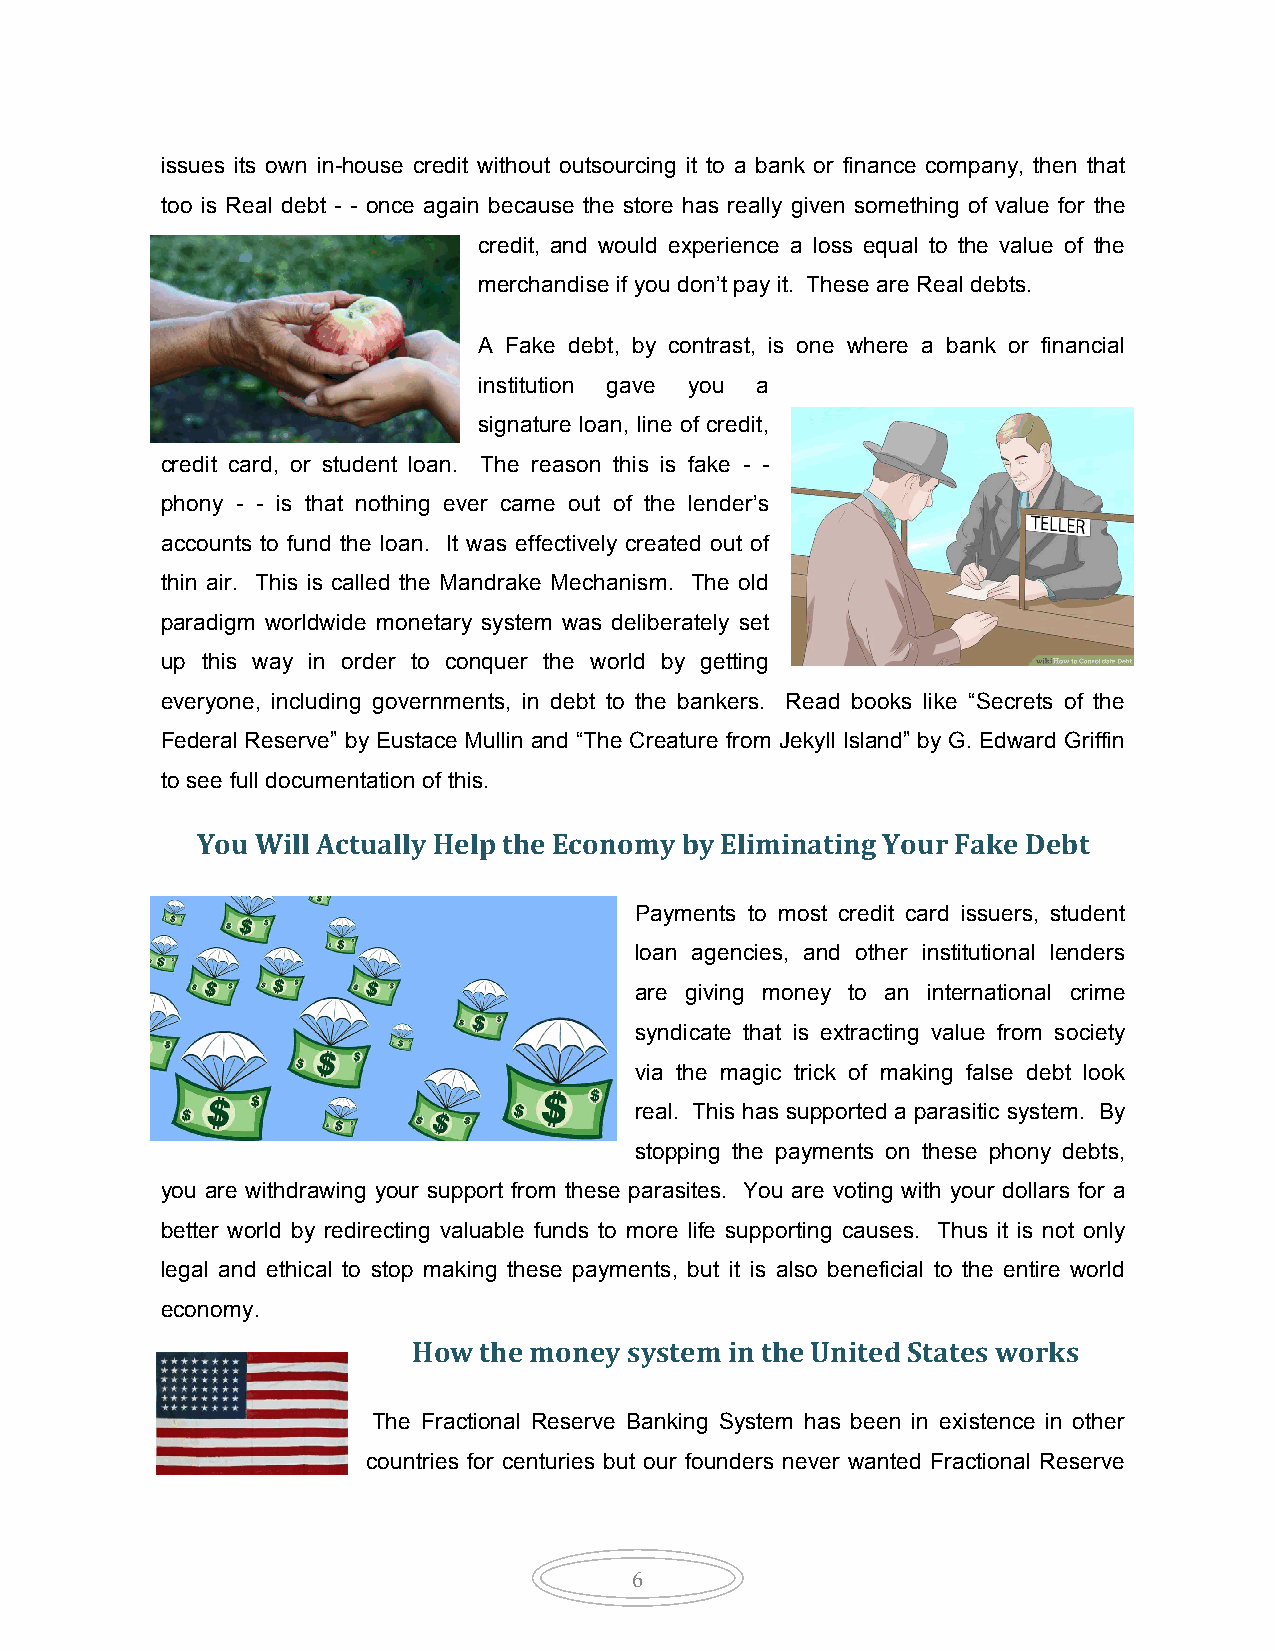
issues its own in-house credit without outsourcing it to a bank or finance company, then that
 too is Real debt - - once again because the store has really given something of value for the
 credit, and would experience a loss equal to the value of the
 merchandise if you don’t pay it. These are Real debts.
 A Fake debt, by contrast, is one where a bank or financial
 institution gave you a
 signature loan, line of credit,
 credit card, or student loan. The reason this is fake - -
 phony - - is that nothing ever came out of the lender’s
 accounts to fund the loan. It was effectively created out of
 thin air. This is called the Mandrake Mechanism. The old
 paradigm worldwide monetary system was deliberately set
 up this way in order to conquer the world by getting
 everyone, including governments, in debt to the bankers. Read books like “Secrets of the
 Federal Reserve” by Eustace Mullin and “The Creature from Jekyll Island” by G. Edward Griffin
 to see full documentation of this.
 You Will Actually Help the Economy by Eliminating Your Fake Debt
 Payments to most credit card issuers, student
 loan agencies, and other institutional lenders
 are giving money to an international crime
 syndicate that is extracting value from society
 via the magic trick of making false debt look
 real. This has supported a parasitic system. By
 stopping the payments on these phony debts,
 you are withdrawing your support from these parasites. You are voting with your dollars for a
 better world by redirecting valuable funds to more life supporting causes. Thus it is not only
 legal and ethical to stop making these payments, but it is also beneficial to the entire world
 economy.
 How  the money system in the United States works
 The Fractional Reserve Banking System has been in existence in other
 countries for centuries but our founders never wanted Fractional Reserve
 6